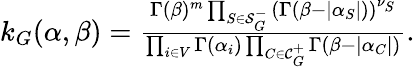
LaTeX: \begin{array}{r}{k_{G}(\alpha,\beta)=\frac{\Gamma(\beta)^{m}\prod_{S\in\mathcal{S}_{G}^{-}}\left(\Gamma(\beta-|\alpha_{S}|)\right)^{\nu_{S}}}{\prod_{i\in V}\Gamma(\alpha_{i})\prod_{C\in\mathcal{C}_{G}^{+}}\Gamma(\beta-|\alpha_{C}|)}.}\end{array}